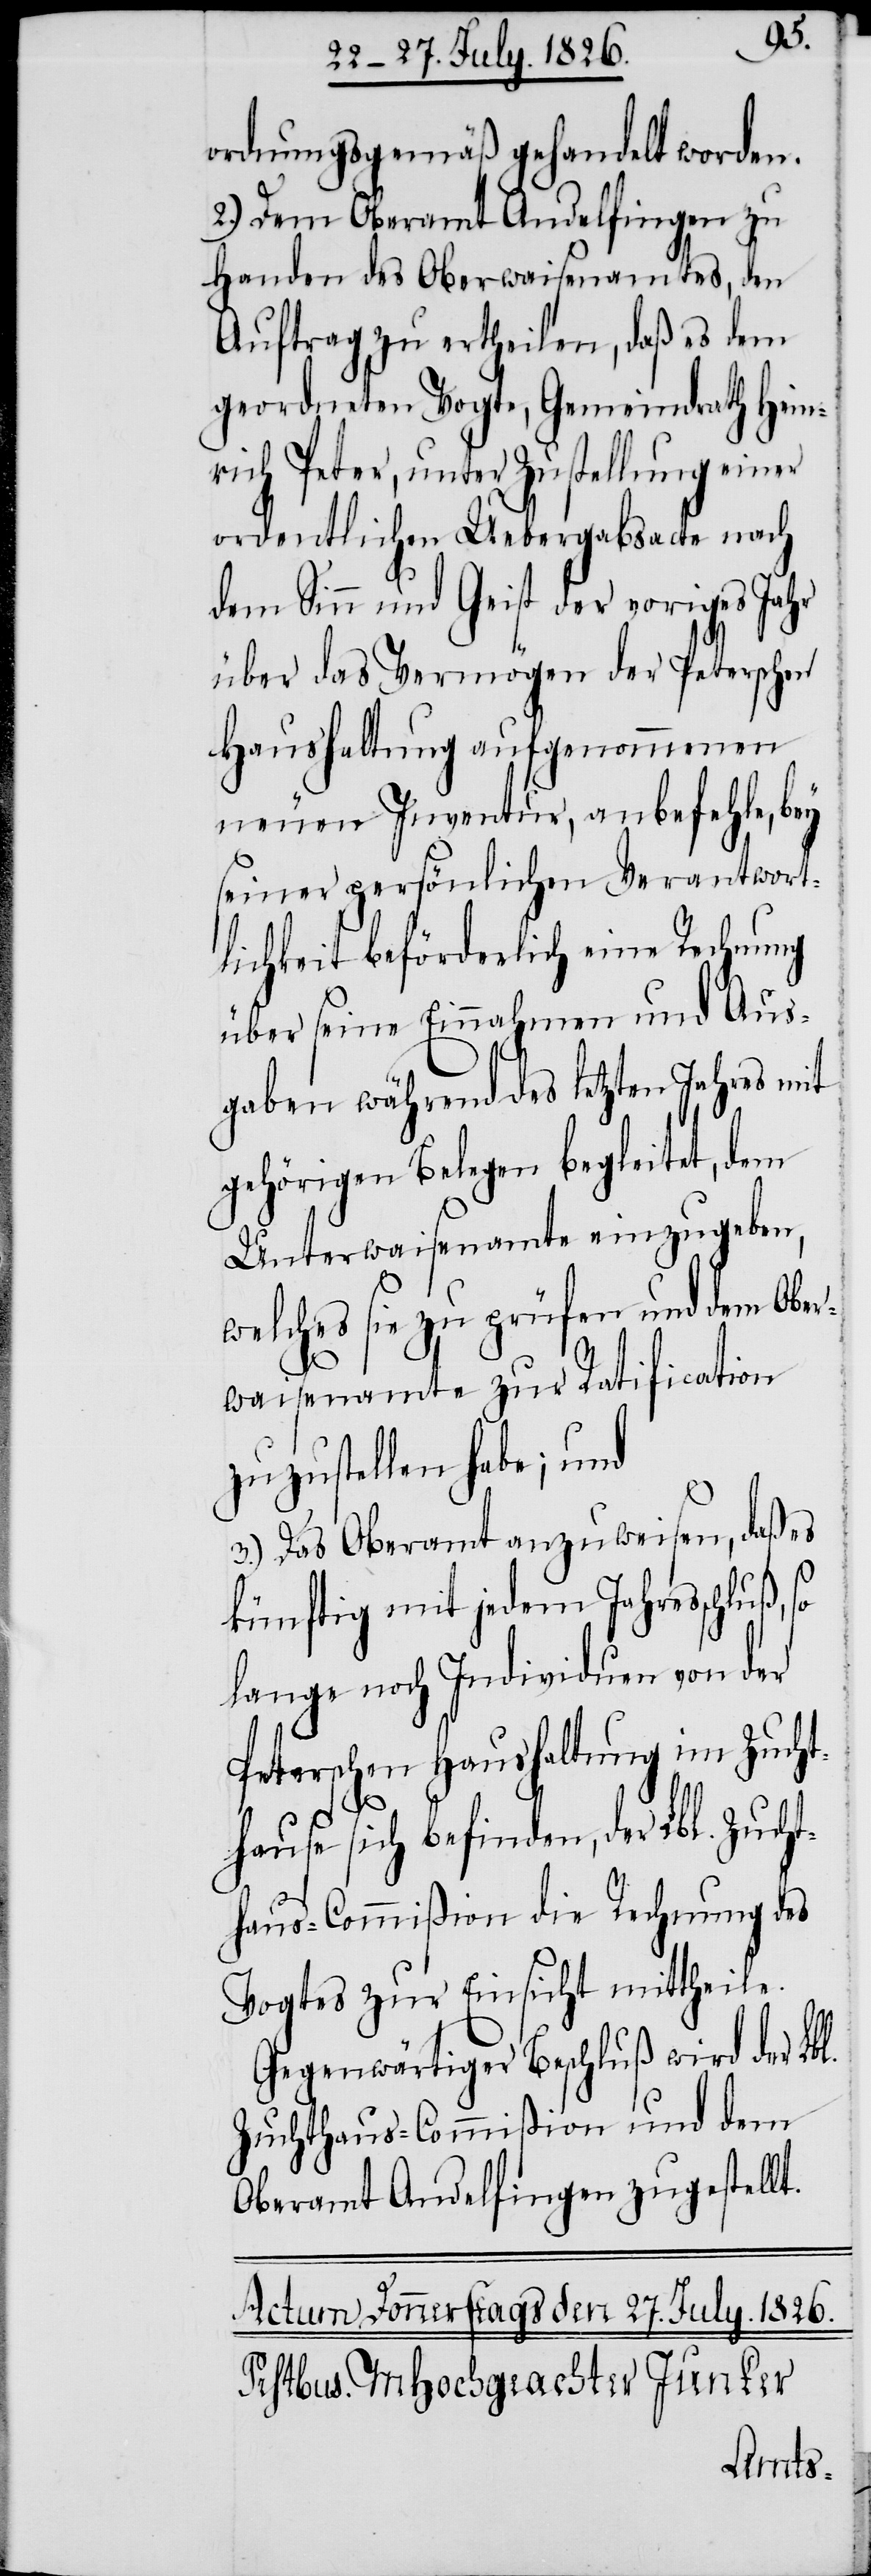
ordnungsgemäß gehandelt worden.
2.) Dem Oberamt Andelfingen zu
Handen des Oberwaisenamtes, den
Auftrag zu ertheilen, daß es dem
geordneten Vogte, Gemeindrathe Hein¬
rich Peter, unter Zustellung einer
ordentlichen Uebergabsacte nach
dem Sinn und Geist der voriges Jahr
über das Vermögen der Peterschen
Haushaltung aufgenommenen
neuen Inventur, anbefehle, bey
seiner persönlichen Verantwort¬
lichkeit beförderlich eine Rechnung
über seine Einnahmen und Aus¬
gaben während des letzten Jahres mit
gehörigen Belegen begleitet, dem
Unterwaisenamte einzugeben,
welches sie zu prüfen und dem Ober¬
waisenamte zur Ratification
zuzustellen habe; und
3.) Das Oberamt anzuweisen, daß es
künftig mit jedem Jahresschluß,
lange noch Individuen von der
Peterschen Haushaltung im Zucht¬
hause sich befinden, der Lbl. Zuch¬
thaus-Commißion die Rechnung des
Vogtes zur Einsicht mittheile.
Gegenwärtiger Beschluß wird der Lbl.
Zuchthaus-Commißion und dem
Oberamt Andelfingen zugestellt.